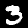
Label: 3